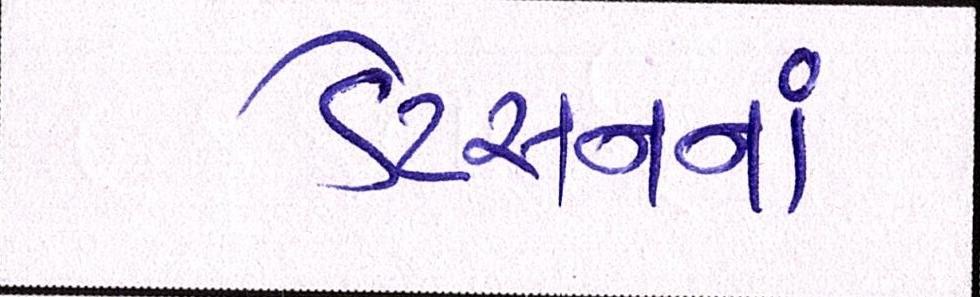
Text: ડેટસનનાં